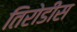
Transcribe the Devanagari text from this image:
तिरोडीस